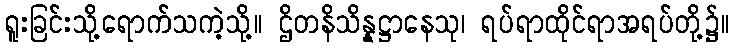
ရူးခြင်းသို့ရောက်သကဲ့သို့။ ဌိတနိသိန္နဋ္ဌာနေသု၊ ရပ်ရာထိုင်ရာအရပ်တို့၌။